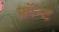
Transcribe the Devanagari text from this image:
फ्रॉन्ट